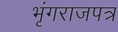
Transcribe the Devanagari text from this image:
भृंगराजपत्र